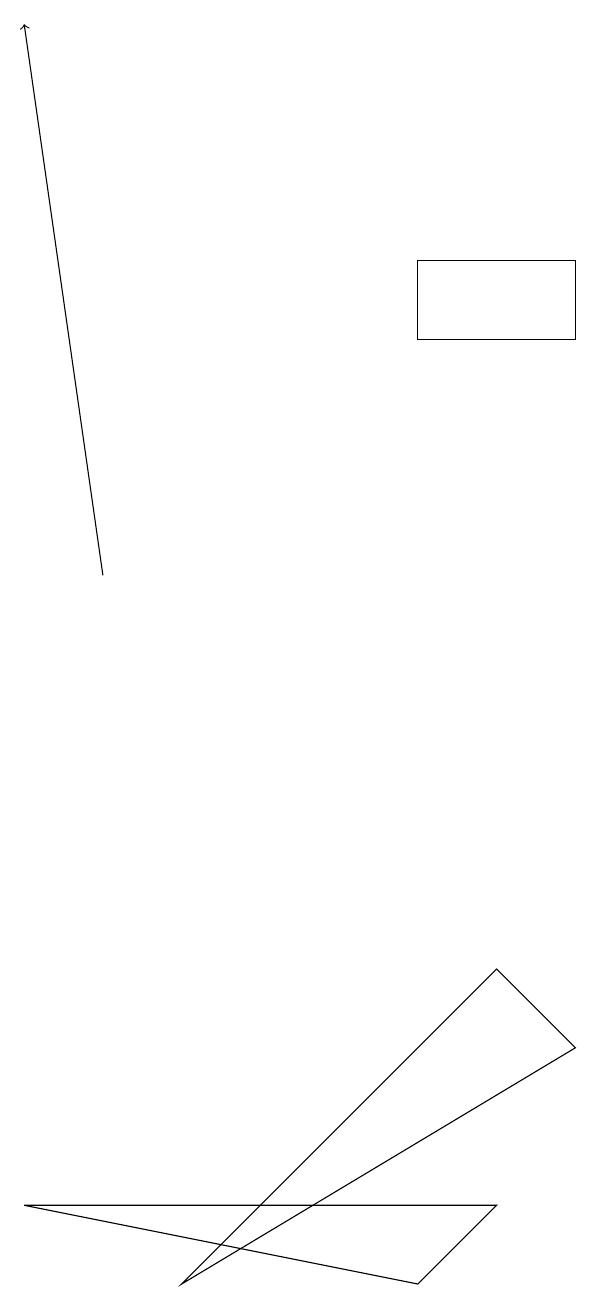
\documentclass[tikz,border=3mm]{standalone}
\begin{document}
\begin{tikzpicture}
\draw (7,7) -- (8,6) -- (3,3) -- cycle;
\draw (6,3) -- (1,4) -- (7,4) -- cycle;
\draw (6,15) rectangle (8,16);
\draw[->] (2,12) -- (1,19);
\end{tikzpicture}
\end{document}